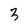
Character: 3